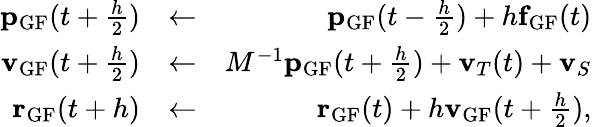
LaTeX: \begin{array}{rlr}{{\mathbf p}_{\textrm{GF}}(t+\frac{h}{2})}&{\leftarrow}&{{\mathbf p}_{\textrm{GF}}(t-\frac{h}{2})+h{\mathbf f}_{\textrm{GF}}(t)}\\ {{\mathbf v}_{\textrm{GF}}(t+\frac{h}{2})}&{\leftarrow}&{M^{-1}{\mathbf p}_{\textrm{GF}}(t+\frac{h}{2})+{\mathbf v}_{T}(t)+{\mathbf v}_{S}}\\ {{\mathbf r}_{\textrm{GF}}(t+h)}&{\leftarrow}&{{\mathbf r}_{\textrm{GF}}(t)+h{\mathbf v}_{\textrm{GF}}(t+\frac{h}{2}),}\end{array}